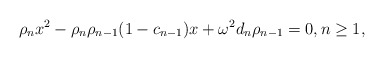
\begin{align*}\rho_n x^2-\rho_{n}\rho_{n-1}(1-c_{n-1})x+\omega^2d_n\rho_{n-1}=0, n\geq 1,\end{align*}